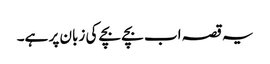
یہ قصہ اب بچے بچے کی زبان پر ہے۔